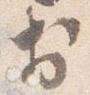
於